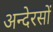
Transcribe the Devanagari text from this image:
अन्देरसों